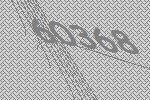
60368